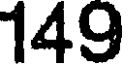
149